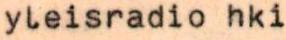
yleisradio hki